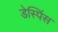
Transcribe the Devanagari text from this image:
डेस्पिंस